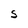
Character: S